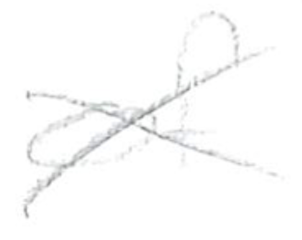
Text: of
Cross-out: cross
Writing tool: pencil